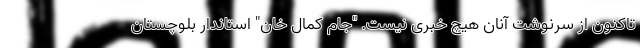
تاکنون از سرنوشت آنان هیچ خبری نیست. "جام کمال خان" استاندار بلوچستان